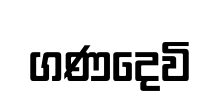
ගණදෙවි